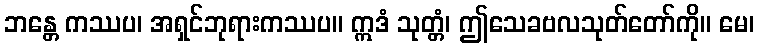
ဘန္တေ ကဿပ၊ အရှင်ဘုရားကဿပ။ ဣဒံ သုတ္တံ၊ ဤသေခဗလသုတ်တော်ကို။ မေ၊